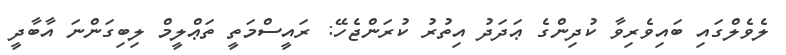
ލެވެލްގައި ބައިވެރިވާ ކުދިންގެ ޢަދަދު އިތުރު ކުރަންޖެހޭ: ރައީސްމަތީ ތަޢްލީމް ލިބިގަންނަ އާބާދީ